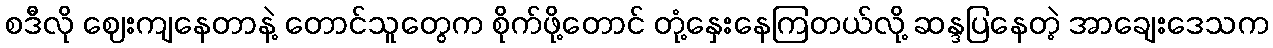
စဒီလို ဈေးကျနေတာနဲ့ တောင်သူတွေက စိုက်ဖို့တောင် တုံ့နှေးနေကြတယ်လို့ ဆန္ဒပြနေတဲ့ အာချေးဒေသက